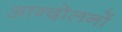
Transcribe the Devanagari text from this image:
आन्दोलनोंं